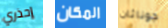
إحذري المكان جوناثان